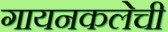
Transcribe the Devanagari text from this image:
गायनकलेची